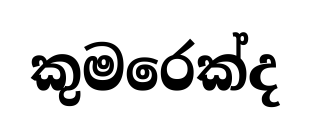
කුමරෙක්ද